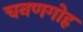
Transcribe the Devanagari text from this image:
चनणगोह